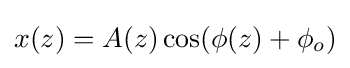
x(z)=A(z)\cos(\phi (z)+\phi _{o})